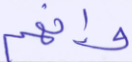
وإنهم